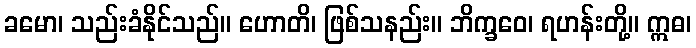
ခမော၊ သည်းခံနိုင်သည်။ ဟောတိ၊ ဖြစ်သနည်း။ ဘိက္ခဝေ၊ ရဟန်းတို့။ ဣဓ၊